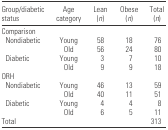
<table><thead><tr><td><b>Group/diabetic status</b></td><td><b>Age category</b></td><td><b>Lean (<i>n</i>)</b></td><td><b>Obese (<i>n</i>)</b></td><td><b>Total (<i>n</i>)</b></td></tr></thead><tbody><tr><td colspan="5">Comparison</td></tr><tr><td> Nondiabetic</td><td>Young</td><td>58</td><td>18</td><td>76</td></tr><tr><td></td><td>Old</td><td>56</td><td>24</td><td>80</td></tr><tr><td> Diabetic</td><td>Young</td><td>3</td><td>7</td><td>10</td></tr><tr><td></td><td>Old</td><td>9</td><td>9</td><td>18</td></tr><tr><td colspan="5">ORH</td></tr><tr><td> Nondiabetic</td><td>Young</td><td>46</td><td>13</td><td>59</td></tr><tr><td></td><td>Old</td><td>40</td><td>11</td><td>51</td></tr><tr><td> Diabetic</td><td>Young</td><td>4</td><td>4</td><td>8</td></tr><tr><td></td><td>Old</td><td>6</td><td>5</td><td>11</td></tr><tr><td>Total</td><td></td><td></td><td></td><td>313</td></tr></tbody></table>